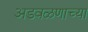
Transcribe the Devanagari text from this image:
अडवळणाच्या